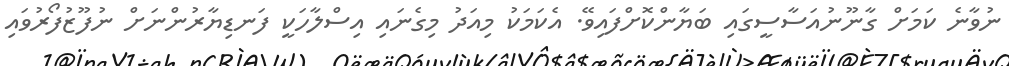
ނުވާނެ ކަމަށް ގާނޫނުއަސާސީގައި ބަޔާންކޮށްފައިވޭ. އެކަމަކު މިއަދު މިގެނައި އިސްލާހަކީ ފަނޑިޔާރުންނަށް ނުފޫޒުފޯރުވައި